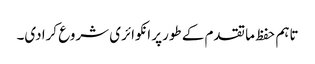
تاہم حفظ ما تقدم کے طورپر انکوائری شروع کرادی۔